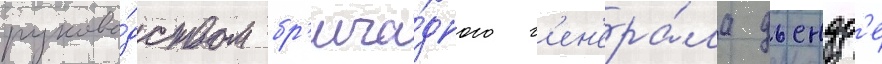
руково́дством бр'ига́дного г'ен'ера́ла дьендр'е